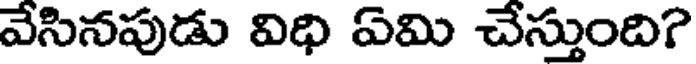
వేసినపుడు విధి ఏమి చేస్తుంది?